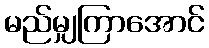
မည်မျှကြာအောင်